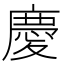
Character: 慶